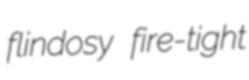
flindosy fire-tight